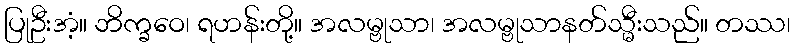
ပြုဦးအံ့။ ဘိက္ခဝေ၊ ရဟန်းတို့။ အလမ္ဗုသာ၊ အလမ္ဗုသာနတ်သ္မီးသည်။ တဿ၊